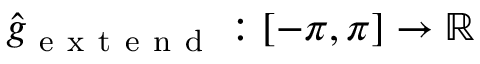
\widehat { g } _ { \mathrm { ~ e ~ x ~ t ~ e ~ n ~ d ~ } } : [ - \pi , \pi ] \to \mathbb { R }